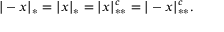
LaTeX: | - x | _ { * } = | x | _ { * } = | x | _ { * * } ^ { c } = | - x | _ { * * } ^ { c } .